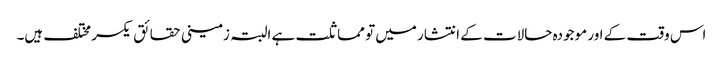
اس وقت کے اور موجودہ حالات کے انتشار میں تو مماثلت ہے البتہ زمینی حقائق یکسر مختلف ہیں۔